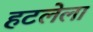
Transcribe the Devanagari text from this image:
हटलेला